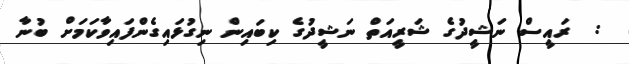
:  ރައީސް ނަޝީދުގެ ޝަރީއަތް ނަޝީދުގެ ކިބައިން ނިގުޅައިގެންފައިވާކަމަށް ބުނާ